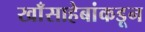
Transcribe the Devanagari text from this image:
खाँसाहेबांकडून